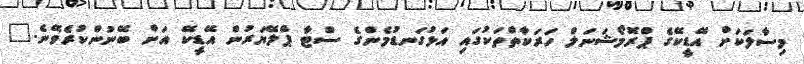
މިސާލަކަށް އޭޑީކޭގެ ޕްރޮމޯޝަނަލް ހަރަކާތްތަކުގައި އަޅުގަނޑުމެންގެ ސްޓާ ޕްލޭޔަރުން އޭޑީކޭ އަށް ބޭނުންކުރެވޭނެ."